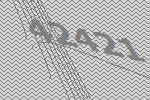
42421